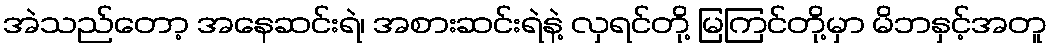
အဲသည်တော့ အနေဆင်းရဲ၊ အစားဆင်းရဲနဲ့ လှရင်တို့ မြကြင်တို့မှာ မိဘနှင့်အတူ